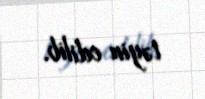
təyin edilib.